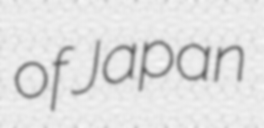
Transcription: of Japan